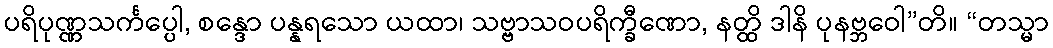
ပရိပုဏ္ဏသင်္ကပ္ပေါ, စန္ဒော ပန္နရသော ယထာ၊ သဗ္ဗာသဝပရိက္ခီဏော, နတ္ထိ ဒါနိ ပုနဗ္ဘဝေါ”တိ။ “တသ္မာ